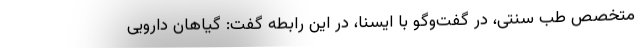
متخصص طب سنتی، در گفت‌وگو با ایسنا، در این رابطه گفت: گیاهان دارویی